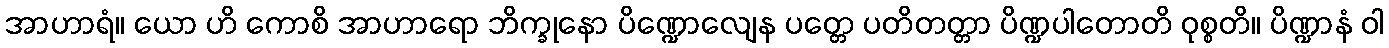
အာဟာရံ။ ယော ဟိ ကောစိ အာဟာရော ဘိက္ခုနော ပိဏ္ဍောလျေန ပတ္တေ ပတိတတ္တာ ပိဏ္ဍပါတောတိ ဝုစ္စတိ။ ပိဏ္ဍာနံ ဝါ